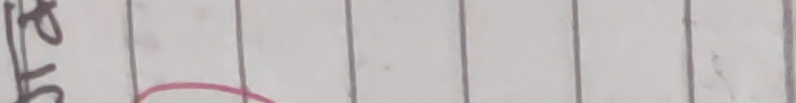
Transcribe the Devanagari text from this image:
स्टेटस बस